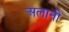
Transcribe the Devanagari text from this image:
अलानी